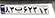
۸۳ب۶۲۳۱۳